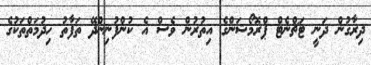
ދިރާގުން ދަނީ ޓަޗްނެޓް ޕްރޮމޯޝަންގެ އިތުރުން ވެސް އެ ކުންފުނިންދޭ ތަފާތު ހިދުމަތްތަކުގެ